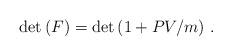
LaTeX: \begin{align*}\det{(F)}=\det{( 1+PV/m )}~.\end{align*}